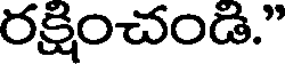
రక్షించండి."